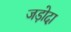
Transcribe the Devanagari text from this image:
जड़ोदा